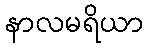
နာလမရိယာ